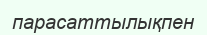
парасаттылықпен